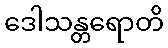
ဒေါသန္တရောတိ